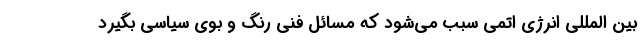
بین المللی انرژی اتمی سبب می‌شود که مسائل فنی رنگ و بوی سیاسی بگیرد